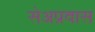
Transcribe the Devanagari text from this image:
सेअप्रवास